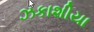
ઝકાશીયા